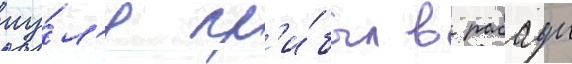
иу́л'я пр'и́был в рабаул